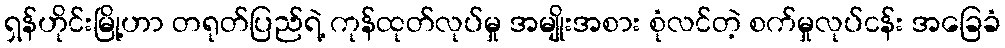
ရှန်ဟိုင်းမြို့ဟာ တရုတ်ပြည်ရဲ့ ကုန်ထုတ်လုပ်မှု အမျိုးအစား စုံလင်တဲ့ စက်မှုလုပ်ငန်း အခြေခံ